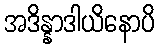
အဒိန္နာဒါယိနောပိ